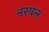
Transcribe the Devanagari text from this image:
नरयल